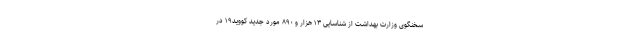
سخنگوی وزارت بهداشت از شناسایی ۱۳ هزار و ۸۹۰ مورد جدید کووید۱۹ در